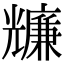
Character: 𠓌